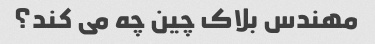
مهندس بلاک چین چه می کند؟